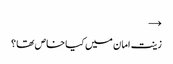
→
زینت امان میں کیا خاص تھا ؟